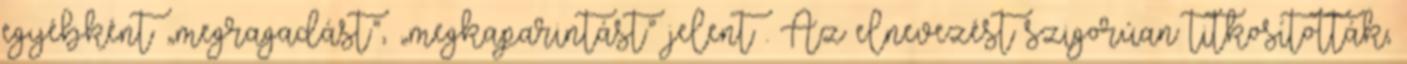
egyébként „megragadást”, „megkaparintást” jelent . Az elnevezést szigorúan titkosították,